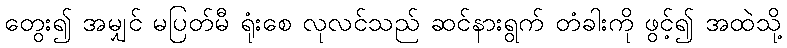
တွေး၍ အမျှင် မပြတ်မီ ရုံးစေ လုလင်သည် ဆင်နားရွက် တံခါးကို ဖွင့်၍ အထဲသို့